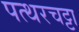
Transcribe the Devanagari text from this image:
पत्थरचट्टा